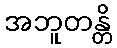
အဘူတန္တိ